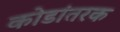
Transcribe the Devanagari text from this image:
कोडांतरक